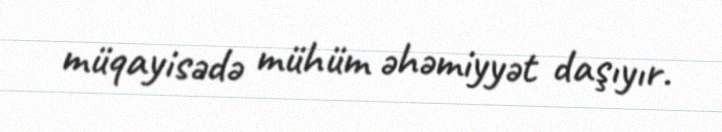
müqayisədə mühüm əhəmiyyət daşıyır.